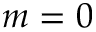
m = 0